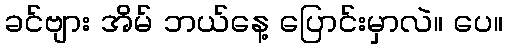
ခင်ဗျား အိမ် ဘယ်နေ့ ပြောင်းမှာလဲ။ ပေ။